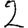
Digit: 2